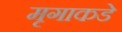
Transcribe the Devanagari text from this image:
मृगाकडे